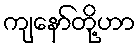
ကျနော်တို့ဟာ